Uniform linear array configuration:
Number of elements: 48
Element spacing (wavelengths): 1
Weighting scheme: uniform
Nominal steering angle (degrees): -30
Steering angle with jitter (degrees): -28.792
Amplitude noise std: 0.05
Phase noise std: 0.05

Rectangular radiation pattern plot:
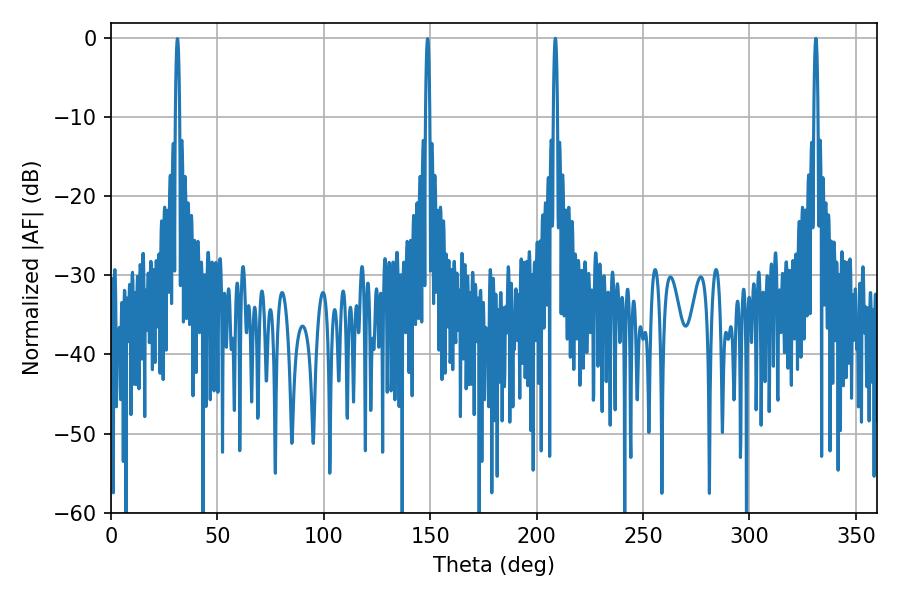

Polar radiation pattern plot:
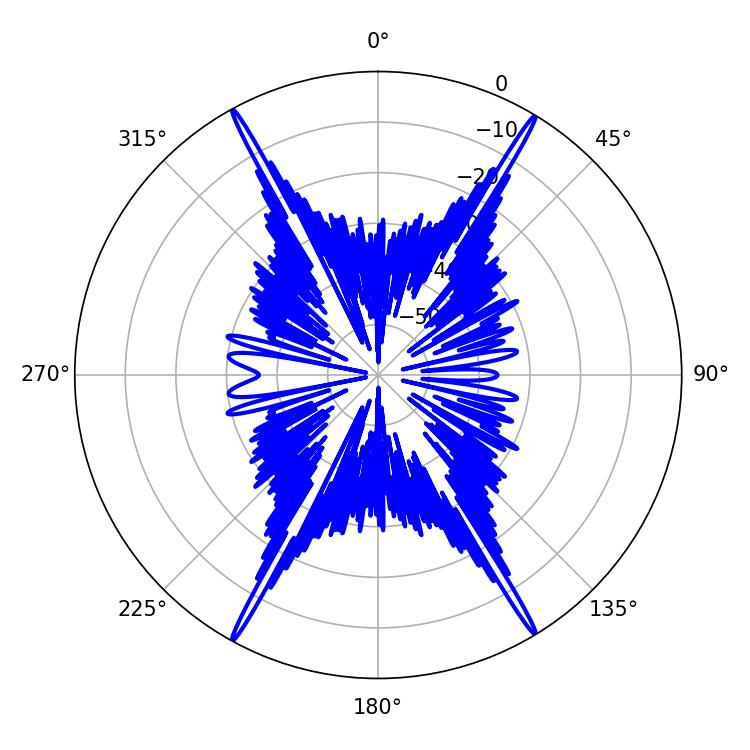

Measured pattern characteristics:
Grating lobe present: TRUE
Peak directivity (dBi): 29.641
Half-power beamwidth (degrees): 1.08
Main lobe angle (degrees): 208.8